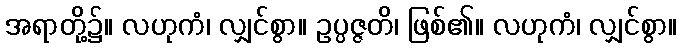
အရာတို့၌။ လဟုကံ၊ လျှင်စွာ။ ဥပ္ပဇ္ဇတိ၊ ဖြစ်၏။ လဟုကံ၊ လျှင်စွာ။